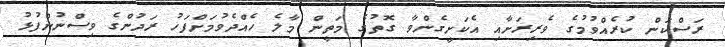
ރަސްކަން ކުރެއްވުމުގެ ވެރިރަށާއި އެކަށީގެންވާ ގޮތުގެ މަތީން މާލެ ހެއްދެވުމަށްފަހު ރަދުންގެ ވިސްނުންފުޅު